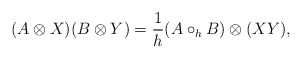
\begin{align*}(A \otimes X) (B \otimes Y) = \frac {1}{h}(A\circ_h B)\otimes (X Y),\end{align*}